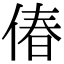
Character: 偆